Civil Veterinary Dept. Assam report 1927-50 - 1927-1950
Year: 1927
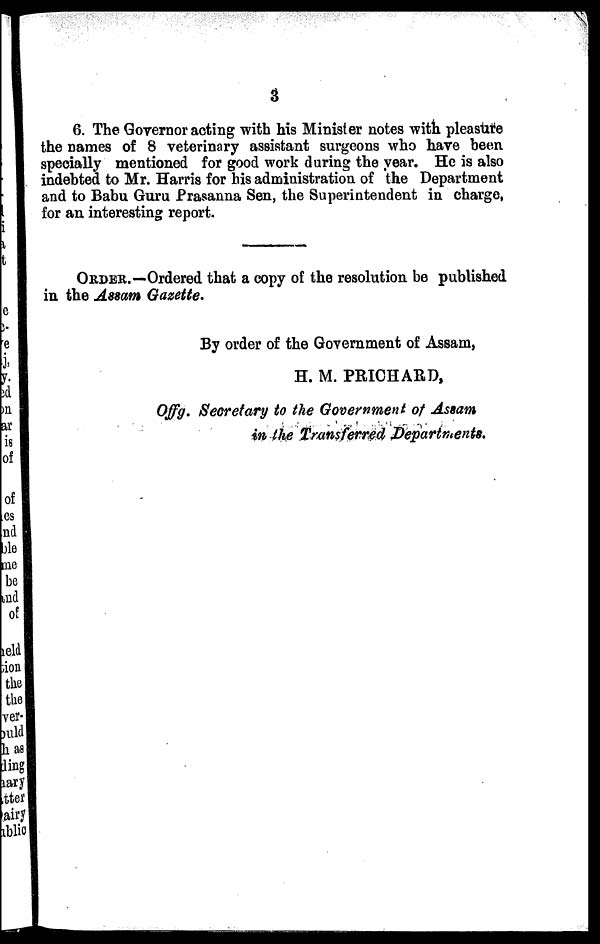
3
6. The Governor acting with his Minister notes with pleasure
the names of 8 veterinary assistant surgeons who have been
specially mentioned for good work during the year. He is also
indebted to Mr. Harris for his administration of the Department
and to Babu Guru Prasanna Sen, the Superintendent in charge,
for an interesting report.
ORDER.—Ordered that a copy of the resolution be published
in the Assam Gazette.
By order of the Government of Assam,
H. M. PRICHARD,
Offg. Secretary to the Government of Assam
in the Transferred Departments.